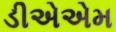
ડીએએમ